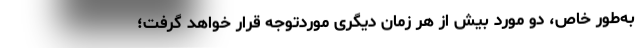
به‌طور خاص، دو مورد بیش از هر زمان دیگری موردتوجه قرار خواهد گرفت؛